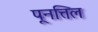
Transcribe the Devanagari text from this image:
पूनत्तिल